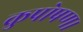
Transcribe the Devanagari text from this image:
कुपोषण।